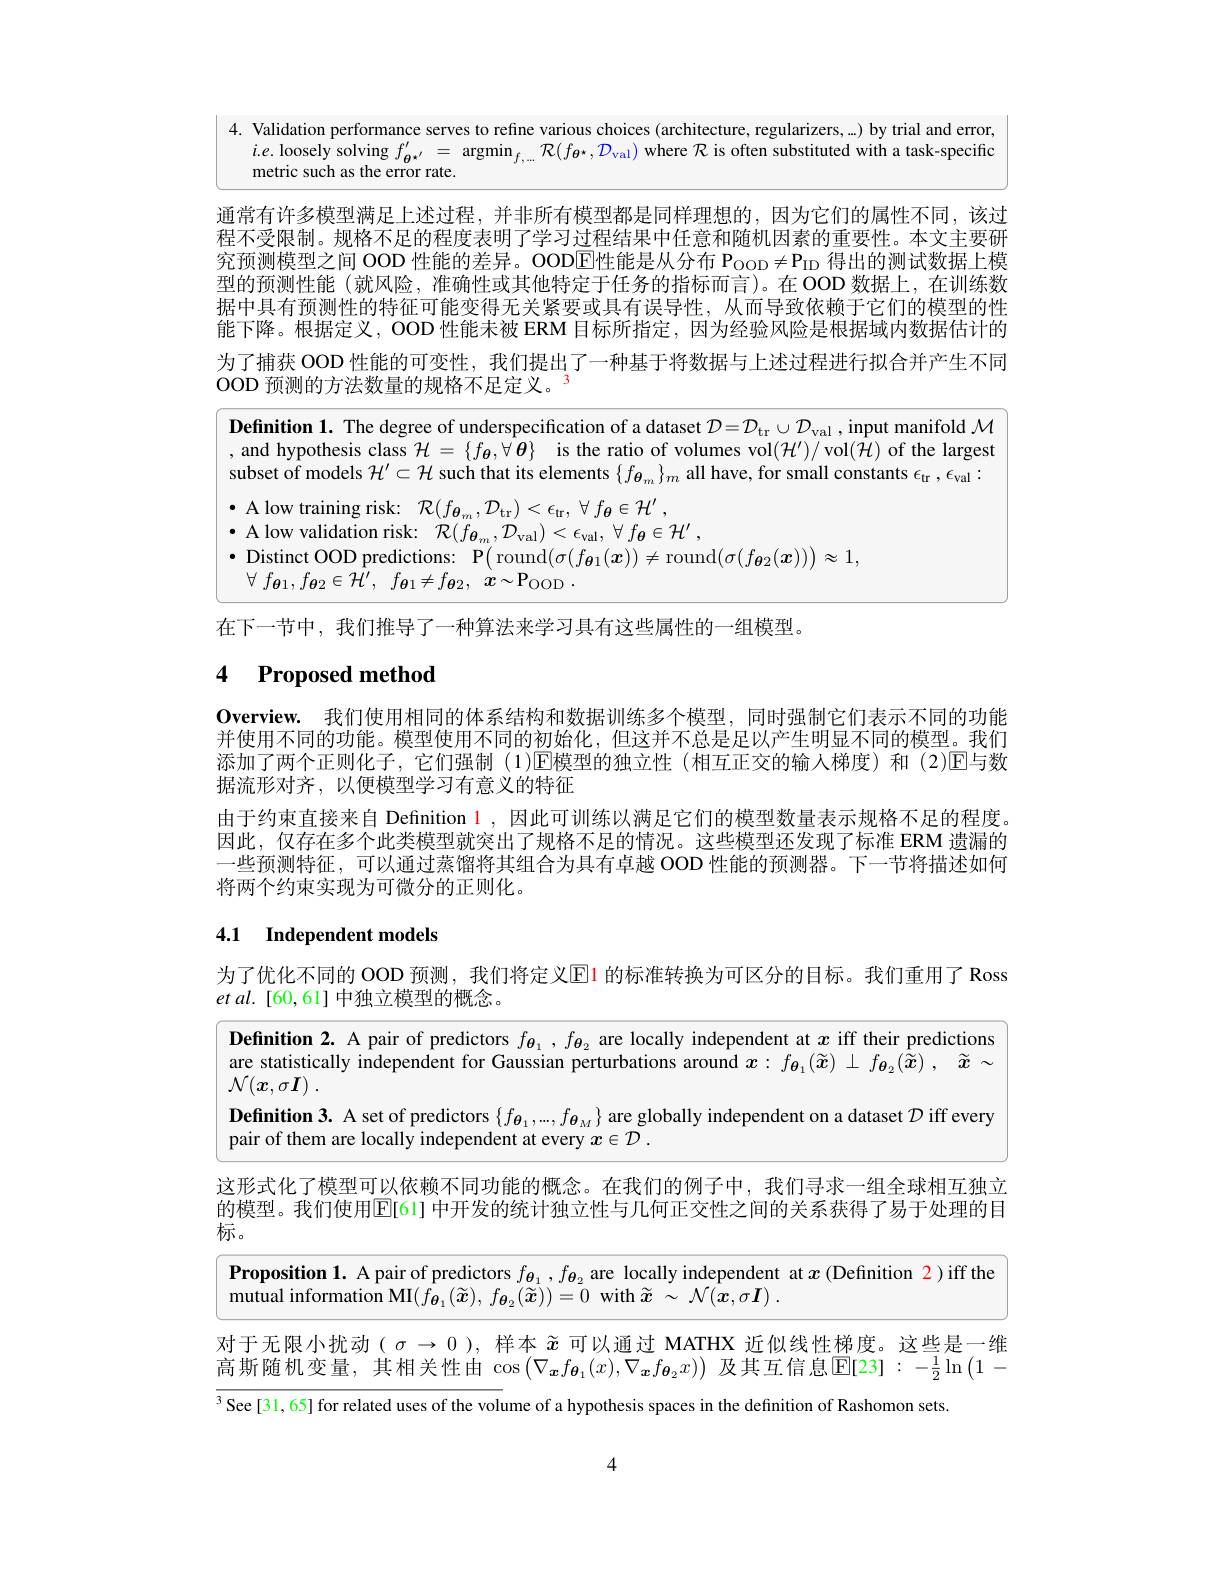
4. Validation performance serves to refine various choices (architecture, regularizers, ...) by trial and error,
$i.e.$ loosely solving $f_{\theta^{*^{\prime}}}^{\prime}=$ argmin$_f, . . . \mathcal{R} ( f_{\theta ^* }, \mathcal{D} _{\mathrm{val}})$ where $\mathcal{R}$ is often substituted with a task-specific
metric such as the error rate.

通常有许多模型满足上述过程，并非所有模型都是同样理想的，因为它们的属性不同，该过程不受限制。规格不足的程度表明了学习过程结果中任意和随机因素的重要性。本文主要研究预测模型之间 OOD 性能的差异。OODE性能是从分布 Poon$\neq\mathrm{P}_{\mathrm{ID}}$ 得出的测试数据上模型的预测性能(就风险，准确性或其他特定于任务的指标而言)。在 OOD 数据上，在训练数据中具有预测性的特征可能变得无关紧要或具有误导性，从而导致依赖于它们的模型的性能下降。根据定义，OOD 性能未被 ERM 目标所指定，因为经验风险是根据域内数据估计的为了捕获 OOD 性能的可变性，我们提出了一种基于将数据与上述过程进行拟合并产生不同OOD 预测的方法数量的规格不足定义。

<table>
	<tbody>
		<tr>
			<td>Definition 1. The degree of underspecification of a dataset $\mathcal{D} = \mathcal{D} _{\mathrm{tr}}\cup \mathcal{D} _{\mathrm{val}}$ and hypothesis class $\mathcal{H} = \{ f_{\boldsymbol{\theta }}, \forall \boldsymbol{\theta }\}$ is the ratio of volumes vol$(\mathcal{H}^\prime)/$v subset of models $\mathcal{H}^\prime\subset\mathcal{H}$ such that its elements $\{f_{\boldsymbol{\theta}_m}\}_m$ all have, for small</td>
			<td>$De$ al sut</td>
			<td>nition 1. The degree of underspecification of a dataset $\mathcal{D} = \mathcal{D} _\mathrm{tr}\cup \mathcal{D} _\mathrm{val}$,input manifold $\mathcal{M}$ $\mathbf{l}$ hypothesis class $\mathcal{H} = \{ f_{\boldsymbol{\theta }}, \forall \boldsymbol{\theta }\}$ is the ratio of volumes vol$(\mathcal{H}^\prime)/$vol$(\mathcal{H})$ of the largest et of models $\mathcal{H}^\prime\subset\mathcal{H}$ such that its elements $\{f_{\boldsymbol{\theta}_m}\}_m$ all have, for small constants $\epsilon_\mathrm{tr},\epsilon_\mathrm{val}:$</td>
		</tr>
	</tbody>
</table>

在下一节中，我们推导了一种算法来学习具有这些属性的一组模型。

# 4 Proposed method

Overview. 我们使用相同的体系结构和数据训练多个模型，同时强制它们表示不同的功能并使用不同的功能。模型使用不同的初始化，但这并不总是足以产生明显不同的模型。我们添加了两个正则化子，它们强制(1)E模型的独立性(相互正交的输人梯度)和(2)E与数据流形对齐，以便模型学习有意义的特征
由于约束直接来自 Definition 1 ,因此可训练以满足它们的模型数量表示规格不足的程度。因此，仅存在多个此类模型就突出了规格不足的情况。这些模型还发现了标准 ERM 遗漏的一些预测特征，可以通过蒸馏将其组合为具有卓越 OOD 性能的预测器。下一节将描述如何将两个约束实现为可微分的正则化。

# 4.1 Independent models

为了优化不同的 OOD 预测，我们将定义Eli 的标准转换为可区分的目标。我们重用了 Ross
$et$ $al.$ [60,61] 中独立模型的概念。

<FigureHere>

4